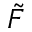
\tilde { F }